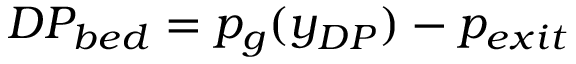
D P _ { b e d } = p _ { g } ( y _ { D P } ) - p _ { e x i t }